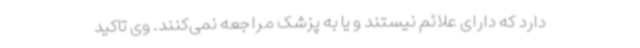
دارد که دارای علائم نیستند و یا به پزشک مراجعه نمی‌کنند. وی تاکید